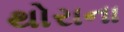
થોરાના